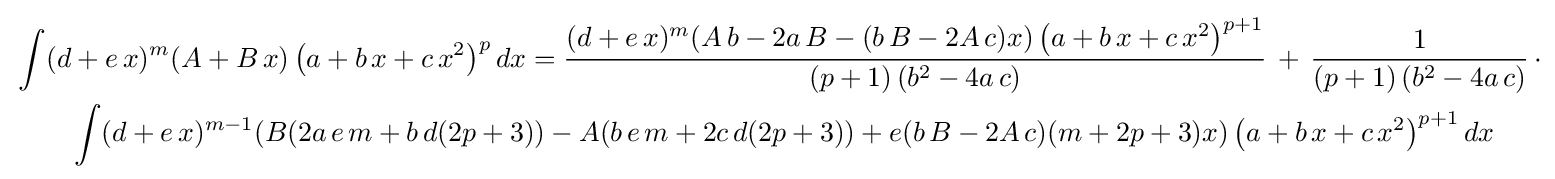
{\begin{aligned}&\int (d+e\,x)^{m}(A+B\,x)\left(a+b\,x+c\,x^{2}\right)^{p}dx={\frac {(d+e\,x)^{m}(A\,b-2a\,B-(b\,B-2A\,c)x)\left(a+b\,x+c\,x^{2}\right)^{p+1}}{(p+1)\left(b^{2}-4a\,c\right)}}\,+\,{\frac {1}{(p+1)\left(b^{2}-4a\,c\right)}}\,\cdot \\&\qquad \int (d+e\,x)^{m-1}(B(2a\,e\,m+b\,d(2p+3))-A(b\,e\,m+2c\,d(2p+3))+e(b\,B-2A\,c)(m+2p+3)x)\left(a+b\,x+c\,x^{2}\right)^{p+1}dx\end{aligned}}